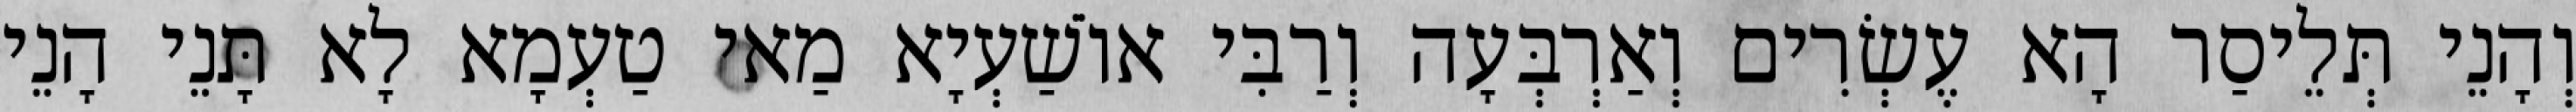
וְהָנֵי תְּלֵיסַר הָא עֶשְׂרִים וְאַרְבְּעָה וְרַבִּי אוֹשַׁעְיָא מַאי טַעְמָא לָא תָּנֵי הָנֵי